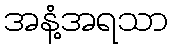
အနံ့အရသာ